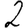
Digit: 2